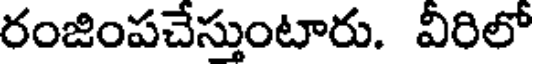
రంజింపచేస్తుంటారు. వీరిలో